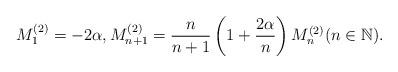
LaTeX: \begin{align*}M^{(2)}_1=-2\alpha,M^{(2)}_{n+1} =\frac{n}{n+1} \left(1+\frac{2\alpha}{n}\right) M_n^{(2)}(n \in \mathbb{N}). \end{align*}